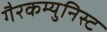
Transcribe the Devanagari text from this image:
गैरकम्युनिस्ट